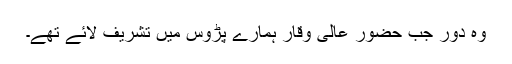
وہ دور جب حضور عالی وقار ہمارے پڑوس میں تشریف لائے تھے۔